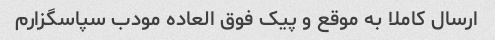
ارسال کاملا به موقع و پیک فوق العاده مودب سپاسگزارم